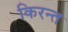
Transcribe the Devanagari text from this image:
किरन्त